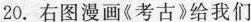
20. 右图漫画《考古》给我们